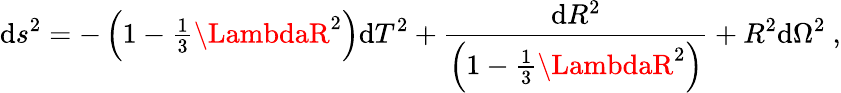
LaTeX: \mathrm{d}s^{2}=-\left(1-\textstyle{\frac{{1}}{{3}}}\LambdaR^{2}\right)\mathrm{d}T^{2}+\frac{{\mathrm{d}R^{2}}}{{\left(1-\frac{{1}}{{3}}\LambdaR^{2}\right)}}+R^{2}\mathrm{d}\Omega^{2}~,